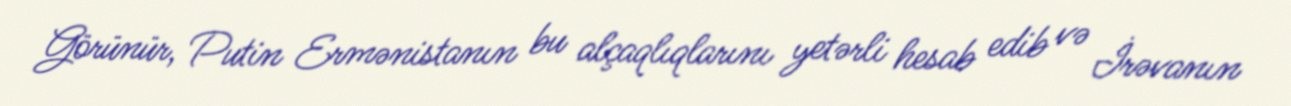
Görünür, Putin Ermənistanın bu alçaqlıqlarını yetərli hesab edib və İrəvanın